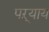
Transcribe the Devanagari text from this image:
पऱ्याय